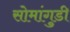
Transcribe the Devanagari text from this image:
सोमांगुडी